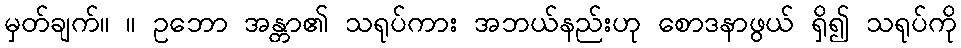
မှတ်ချက်။ ။ ဥဘော အန္တာ၏ သရုပ်ကား အဘယ်နည်းဟု စောဒနာဖွယ် ရှိ၍ သရုပ်ကို